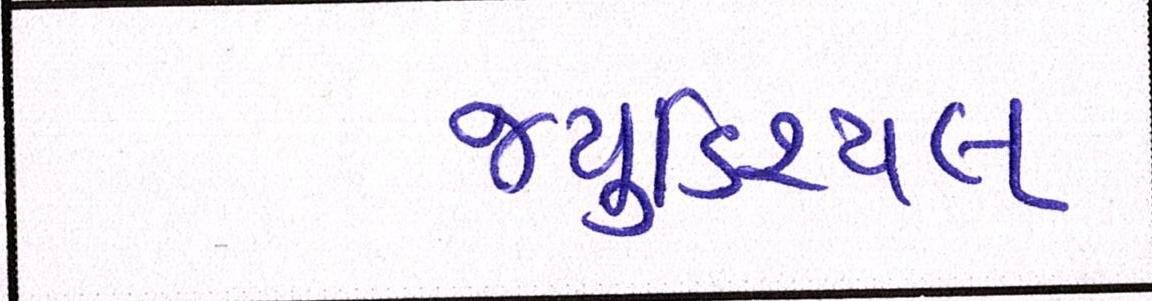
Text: જ્યુડિશ્યલ